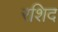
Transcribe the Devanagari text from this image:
रशिद